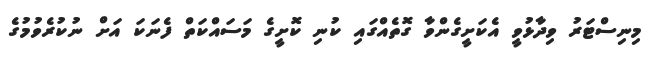
މިނިސްޓަރު ވިދާޅުވީ އެކަށީގެންވާ ގޮތެއްގައި ކުނި ކޮށީގެ މަސައްކަތް ފެނަކަ އަށް ނުކުރެވުމުގެ